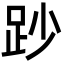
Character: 䟞